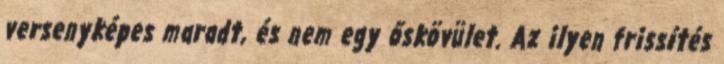
versenyképes maradt, és nem egy őskövület. Az ilyen frissítés